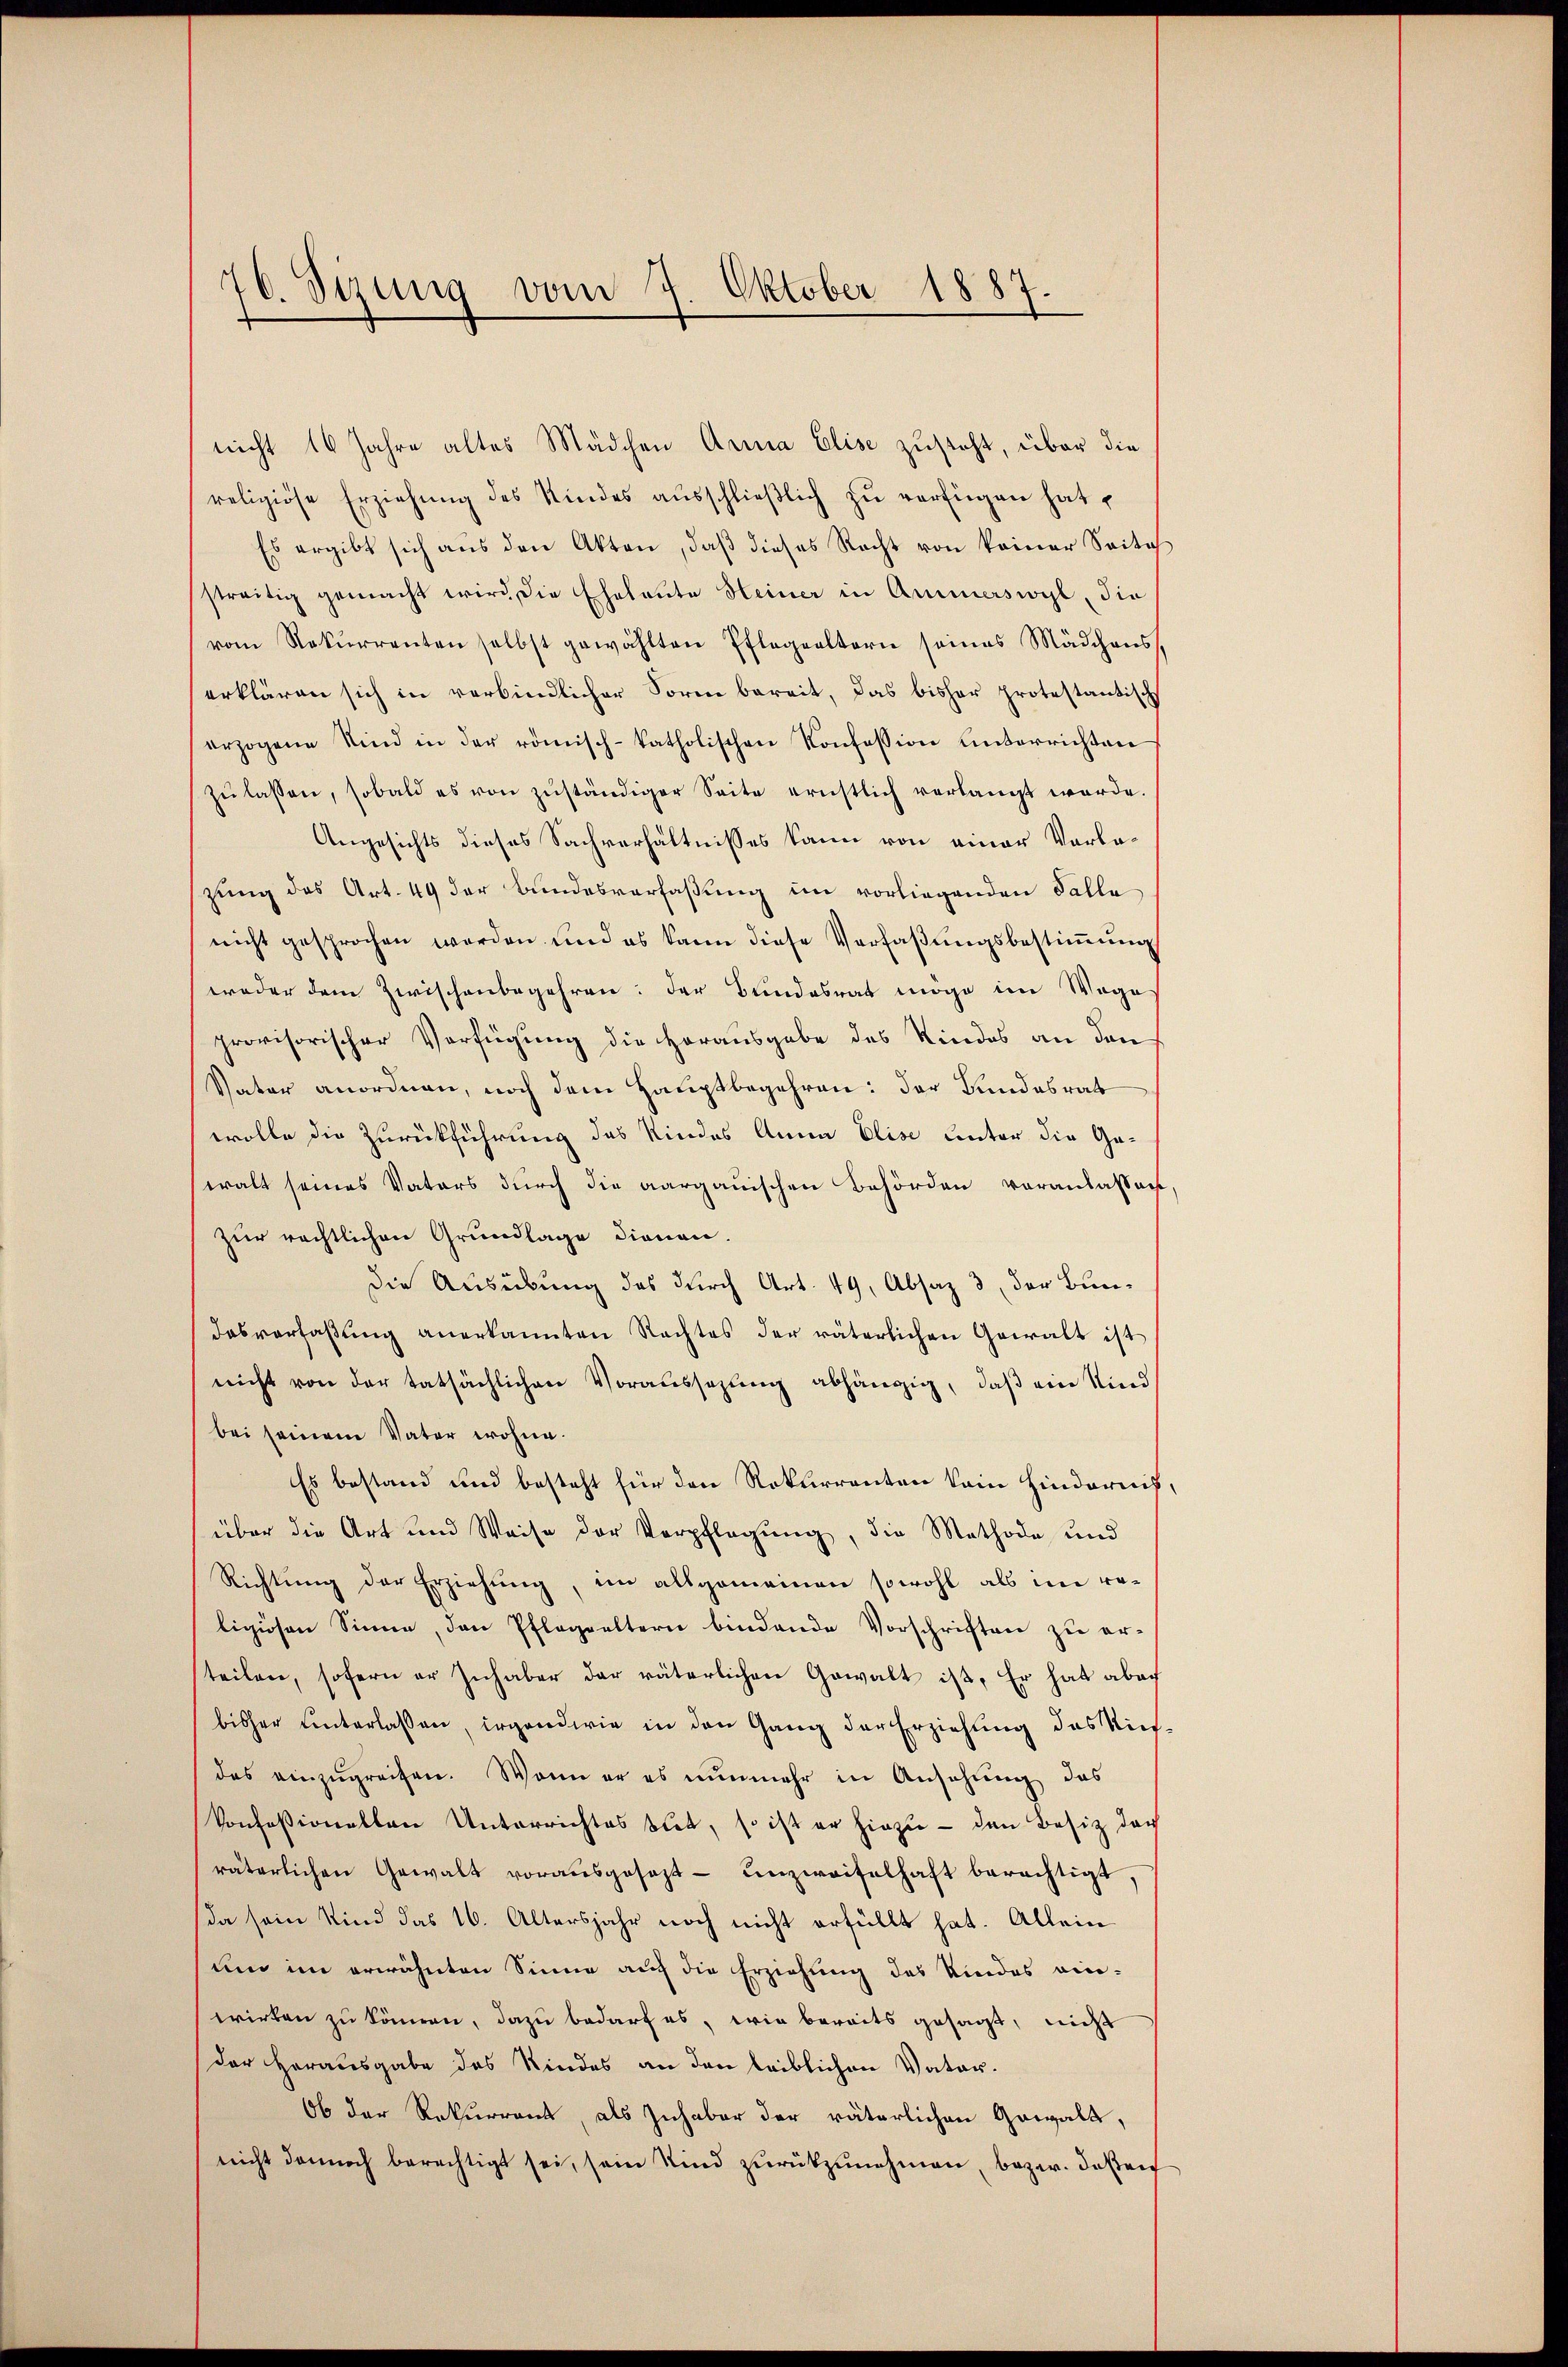
70. Sizung vom 7. Oktober 1887.

nicht 16 Jahre altes Mädchen Anna Elise zusteht, über die
religiöse Erziehŭng des Kindes aŭsschlieβlich zŭ verfügen hat,
Es ergibt sich aŭs den Akten, daβ dieses Recht von keiner Seite
streitig gemacht wird die Eheleute Heiner in Ammerswyl, die
vom Rekurrenten selbst gewählten Pflegealterie seines Mädchens,
erklären sich in verbindlicher Soree bereit, das bisher protestantische
erzogene Sind in der römisch-katholischen Konfession unterrichten
zŭlassen, sobald es von zŭständiger Seite ernstlich verlangt werde.
Angesichts dieses Sachverhältnisses kann von einer Vorlazung des Art. 49 der Bundesverfaßung im vorliegenden Falle
nicht gesprochen werden und es kann diese Verfaßungsbestimmung
weder dem Zwischenbegehren: der Bundesrat möge im Wage
provisorischer Verfügung die Horausgabe des Kindes an den
Vater anordnen, noch dem Hauptbegehren: der Bundesrat
wolle die Zurückführung des Kindes Anna Elise unter die Ge-
walt seines Vaters durch die aargauischen Behörden veranlassen
zur rechtlichen Grundlage dienen.
die Ausübung des durch Art. 49, Absaz 3, der Bundasverfaβŭng anerkannten Rechtes der väterlichen Gewalt ist
nicht von der tatsächlichen Voraussetzŭng abhängig, daß ein Kind
bei seinem Vater wohne.
Es bestand und besteht für den Rekurrenten kein Hindernis
über die Art und Weise der Verpflegŭng, die Methode und
Richtung der Erziehung, im allgemeinen sowohl als im religiösen Sinne, den Pflegeeltern bindende Vorschriften zu er-
teilen, sofern er Inhaber der väterlichen Gewalt ist, Er hat aber
bisher unterlassen, irgendwie in den Gang der Erziehung des Viel
des einzŭgreifen. Wenn er es nŭnmehr in Ansehung das
konfessionellen Unterrichtes biet, so ist er hiezu — den Besitz der
väterlichen Gewalt vorausgesezt unzweifelhaft berechtigt,
da sein Kind das 16. Altersjahr noch nicht erfüllt hat. Allein
um im erwähnten Sinne auf die Erziehung des Kindes ein-
wirken zu können, dazu bedarf es, wie bereits gesagt, nicht
der Herausgabe des Kindes an den leiblichen Vater¬
Ob der Rekurrent, als Inhaber der väterlichen Gewalt,
nicht dannoch berechtigt sei, sein Kind zurückzunehmen, bezw. deßen